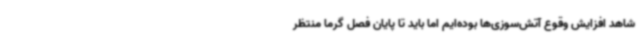
شاهد افزایش وقوع آتش‌سوزی‌ها بوده‌ایم اما باید تا پایان فصل گرما منتظر